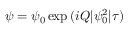
\psi = \psi _ { 0 } \exp { ( i Q | \psi _ { 0 } ^ { 2 } | \tau ) }